Annual report of the Punjab Veterinary College and of the Civil Veterinary Department, Punjab - 1909-1919
Year: 1909
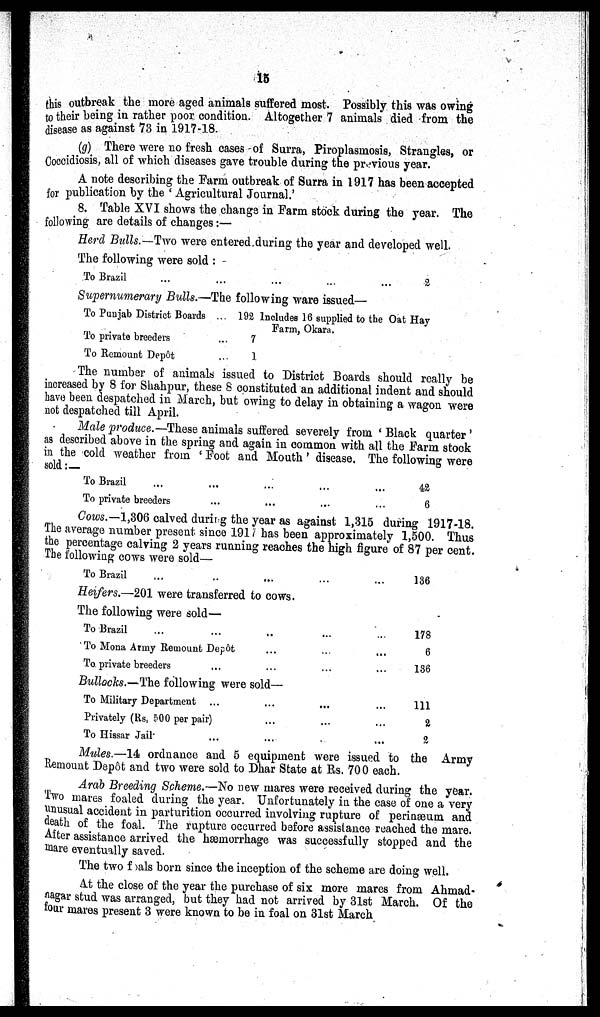
15
this outbreak the more aged animals suffered most. Possibly this was owing
to their being in rather poor condition. Altogether 7 animals died from the
disease as against 73 in 1917-18.
(g) There were no fresh cases of Surra, Piroplasmosis, Strangles, or
Coccidiosis, all of which diseases gave trouble during the previous year.
A note describing the Farm outbreak of Surra in 1917 has been accepted
for publication by the ' Agricultural Journal.'
8. Table XVI shows the change in Farm stock during the year. The
following are details of changes :—
Herd Bulls.—Two were entered during the year and developed well.
The following were sold :
To Brazil
...
...
...
...
...
2
Supernumerary Bulls.—The following ware issued—
To Punjab District Boards ...
To private breeders ...
To Remount Depôt ...
192 Includes 16 supplied to the Oat Hay
Farm, Okara.
7
1
The number of animals issued to District Boards should really be
increased by 8 for Shahpur, these 8 constituted an additional indent and should
have been despatched in March, but owing to delay in obtaining a wagon were
not despatched till April.
Male produce.—These animals suffered severely from ' Black quarter '
as described above in the spring and again in common with all the Farm stock
in the cold weather from ' Foot and Mouth ' disease. The following were
sold :—
To Brazil ...
To private breeders
...
...
...
...
...
...
...
...
42
6
Cows.—1,306 calved during the year as against 1,315 during 1917-18.
The average number present since 1917 has been approximately 1,500. Thus
the percentage calving 2 years running reaches the high figure of 87 per cent.
The following cows were sold—
To Brazil ...
...
...
...
...
136
Heifers.—201 were transferred to cows.
The following were sold—
To Brazil ... ...
To Mona Army Remount Depot
To private breeders ...
..
...
...
Bullocks.—The following were sold—
To Military Department ...
Privately (Rs, 500 per pair)
To Hissar Jail ...
...
...
...
...
...
...
...
...
...
...
...
...
...
...
178
6
136
111
2
2
Mules.—14 ordnance and 5 equipment were issued to the Army
Remount Depôt and two were sold to Dhar State at Rs. 700 each.
Arab Breeding Scheme.—No new mares were received during the year.
Two mares foaled during the year. Unfortunately in the case of one a very
unusual accident in parturition occurred involving rupture of perinæum and
death of the foal. The rupture occurred before assistance reached the mare.
After assistance arrived the hæmorrhage was successfully stopped and the
mare eventually saved.
The two foals born since the inception of the scheme are doing well.
At the close of the year the purchase of six more mares from Ahmad-
nagar stud was arranged, but they had not arrived by 31st March. Of the
four mares present 3 were known to be in foal on 31st March